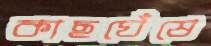
কাছঘেঁষে